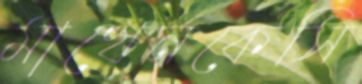
মাখেনকেসি